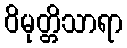
ဝိမုတ္တိသာရာ